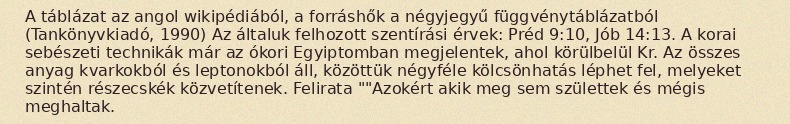
A táblázat az angol wikipédiából, a forráshők a négyjegyű függvénytáblázatból (Tankönyvkiadó, 1990) Az általuk felhozott szentírási érvek: Préd 9:10, Jób 14:13. A korai sebészeti technikák már az ókori Egyiptomban megjelentek, ahol körülbelül Kr. Az összes anyag kvarkokból és leptonokból áll, közöttük négyféle kölcsönhatás léphet fel, melyeket szintén részecskék közvetítenek. Felirata ""Azokért akik meg sem születtek és mégis meghaltak.